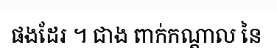
ផងដែរ ។ ជាង ពាក់កណ្តាល នៃ